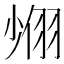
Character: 𦐶